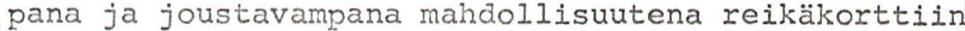
pana ja joustavampana mahdollisuutena reikäkorttiin